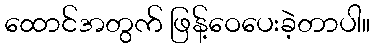
ထောင်အတွက် ဖြန့်ဝေပေးခဲ့တာပါ။